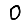
Digit: 0